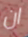
ان